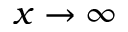
x \to \infty